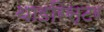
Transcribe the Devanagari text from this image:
थाइरिस्टर